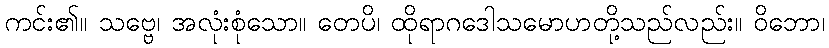
ကင်း၏။ သဗ္ဗေ၊ အလုံးစုံသော။ တေပိ၊ ထိုရာဂဒေါသမောဟတို့သည်လည်း။ ဝိဘော၊